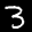
Label: 3